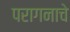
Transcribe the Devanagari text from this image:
परागनाचे